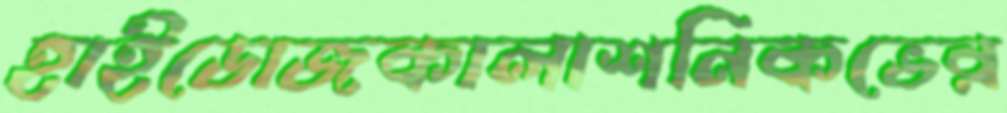
হাইডোজকালাশনিকভের